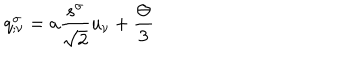
q _ { ; \nu } ^ { \sigma } = a \frac { s ^ { \sigma } } { \sqrt { 2 } } u _ { \nu } + \frac { \Theta } { 3 }